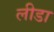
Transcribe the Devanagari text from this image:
लीडा